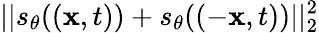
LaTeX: ||s_{\theta}((\mathbf{x},t))+s_{\theta}((-\mathbf{x},t))||_{2}^{2}